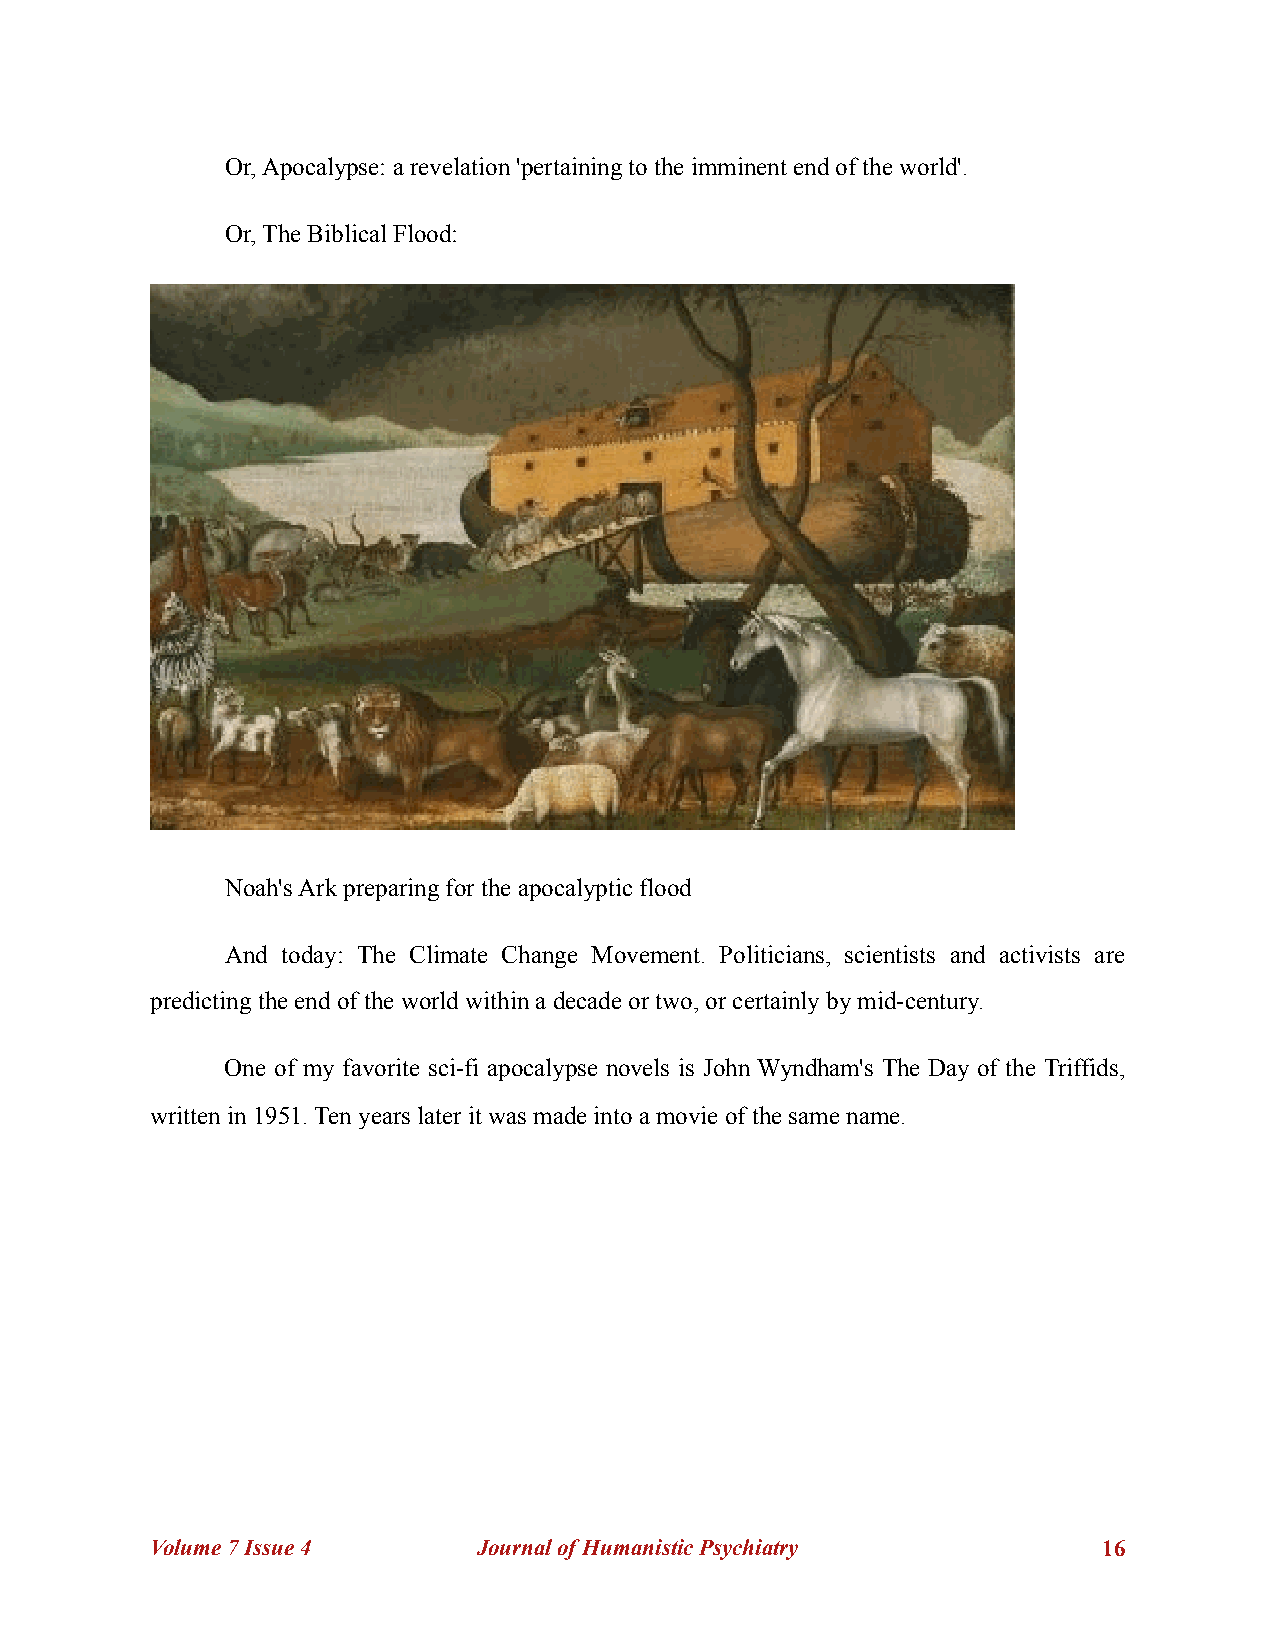
Or, Apocalypse: a revelation 'pertaining to the imminent end of the world'.
 Or, The Biblical Flood:
 !
 Noah's Ark preparing for the apocalyptic flood
 And today: The Climate Change Movement. Politicians, scientists and activists are
 predicting the end of the world within a decade or two, or certainly by mid-century.
 One of my favorite sci-fi apocalypse novels is John Wyndham's The Day of the Triffids,
 written in 1951. Ten years later it was made into a movie of the same name.
 Volume 7 Issue 4      Journal of Humanistic Psychiatry         !16